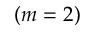
( m = 2 )